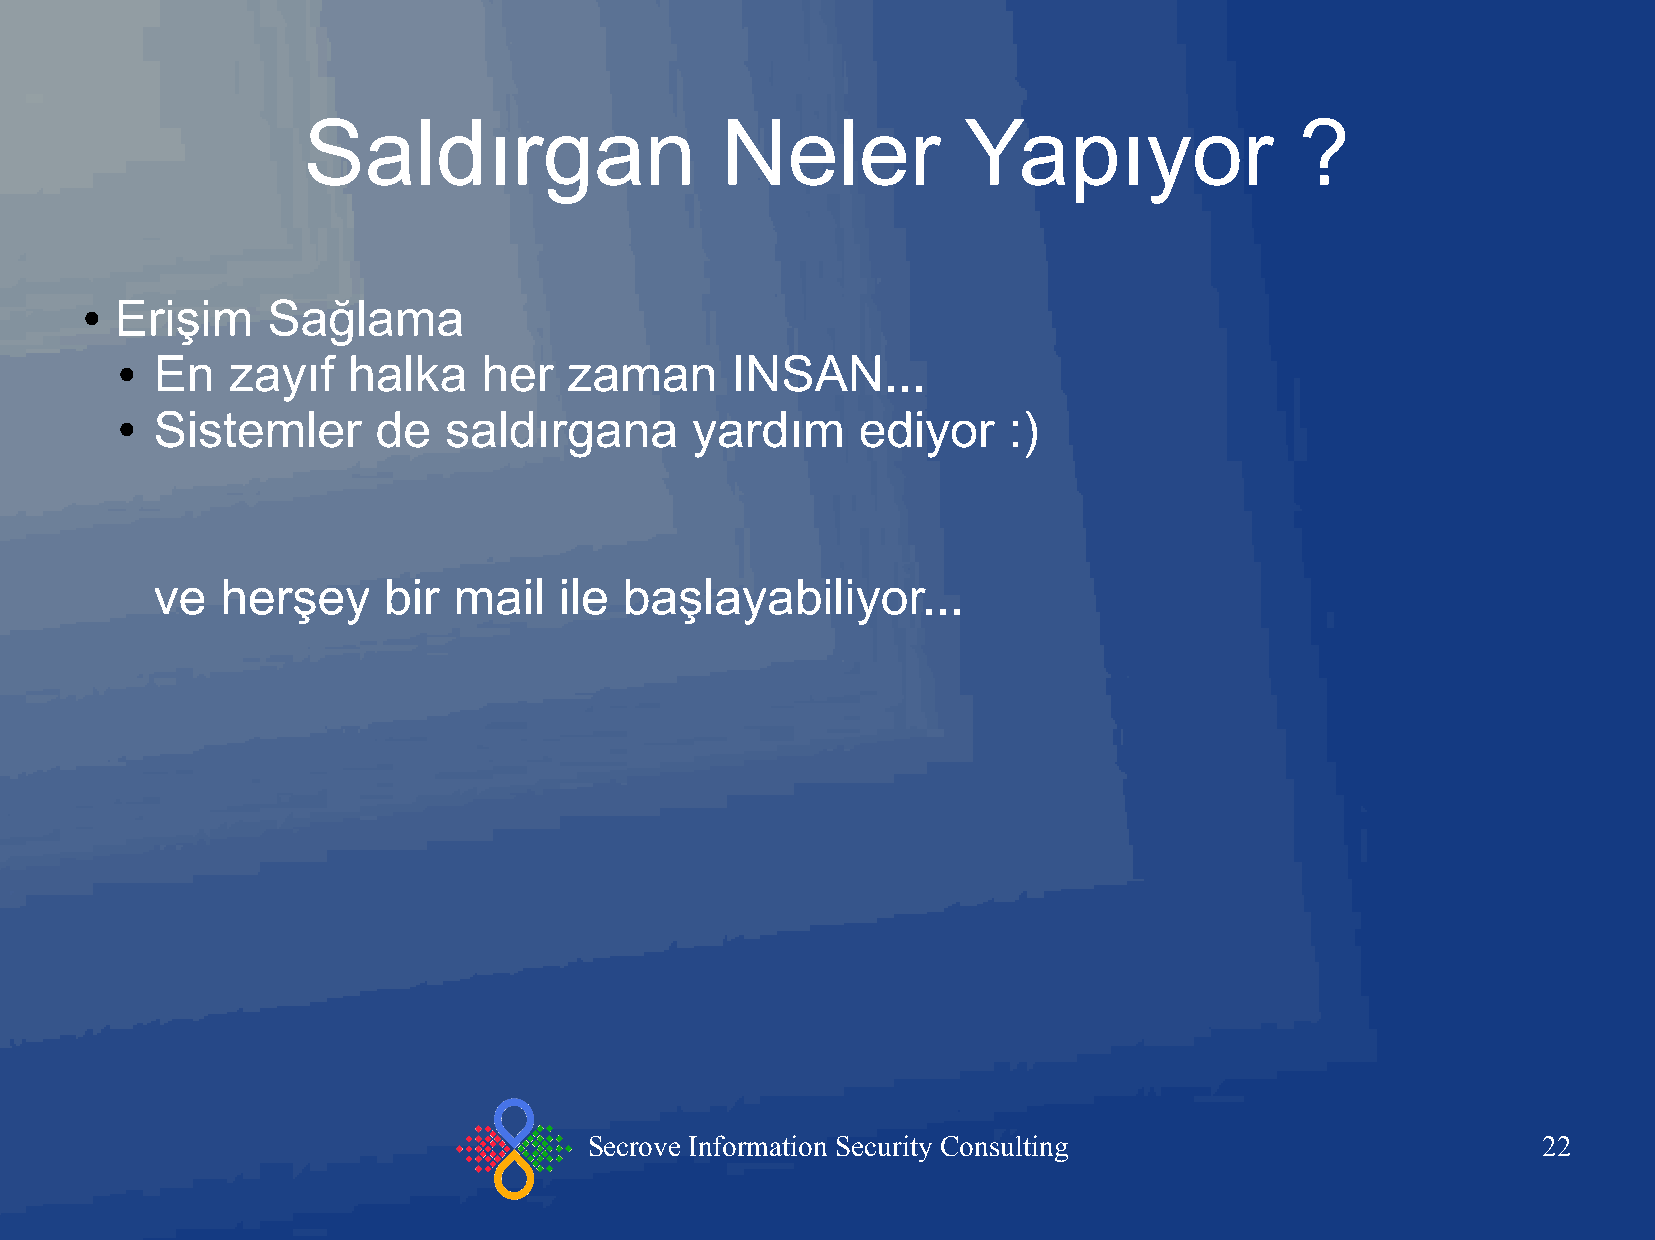
Saldırgan                   Neler           Yapıyor               ?
 Erişim    Sağlama
 ●
 En   zayıf   halka    her   zaman     INSAN...
 ●
 Sistemler      de  saldırgana       yardım     ediyor    :)
 ●
 ve   herşey    bir  mail   ile başlayabiliyor...
 Secrove Information Security Consulting                        22